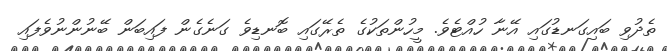
ތެދުވި ބައިގަނޑުގައި އޭނާ ހުއްޓެވެ. މީހުންތަކުގެ ތެރޭގައި ބޮނޑިވެ ގަނެގެން ފައިބަން ބޭނުންނުވެފައި